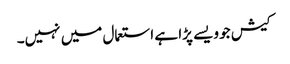
کیش جو ویسے پڑا ہے استعمال میں نہیں۔